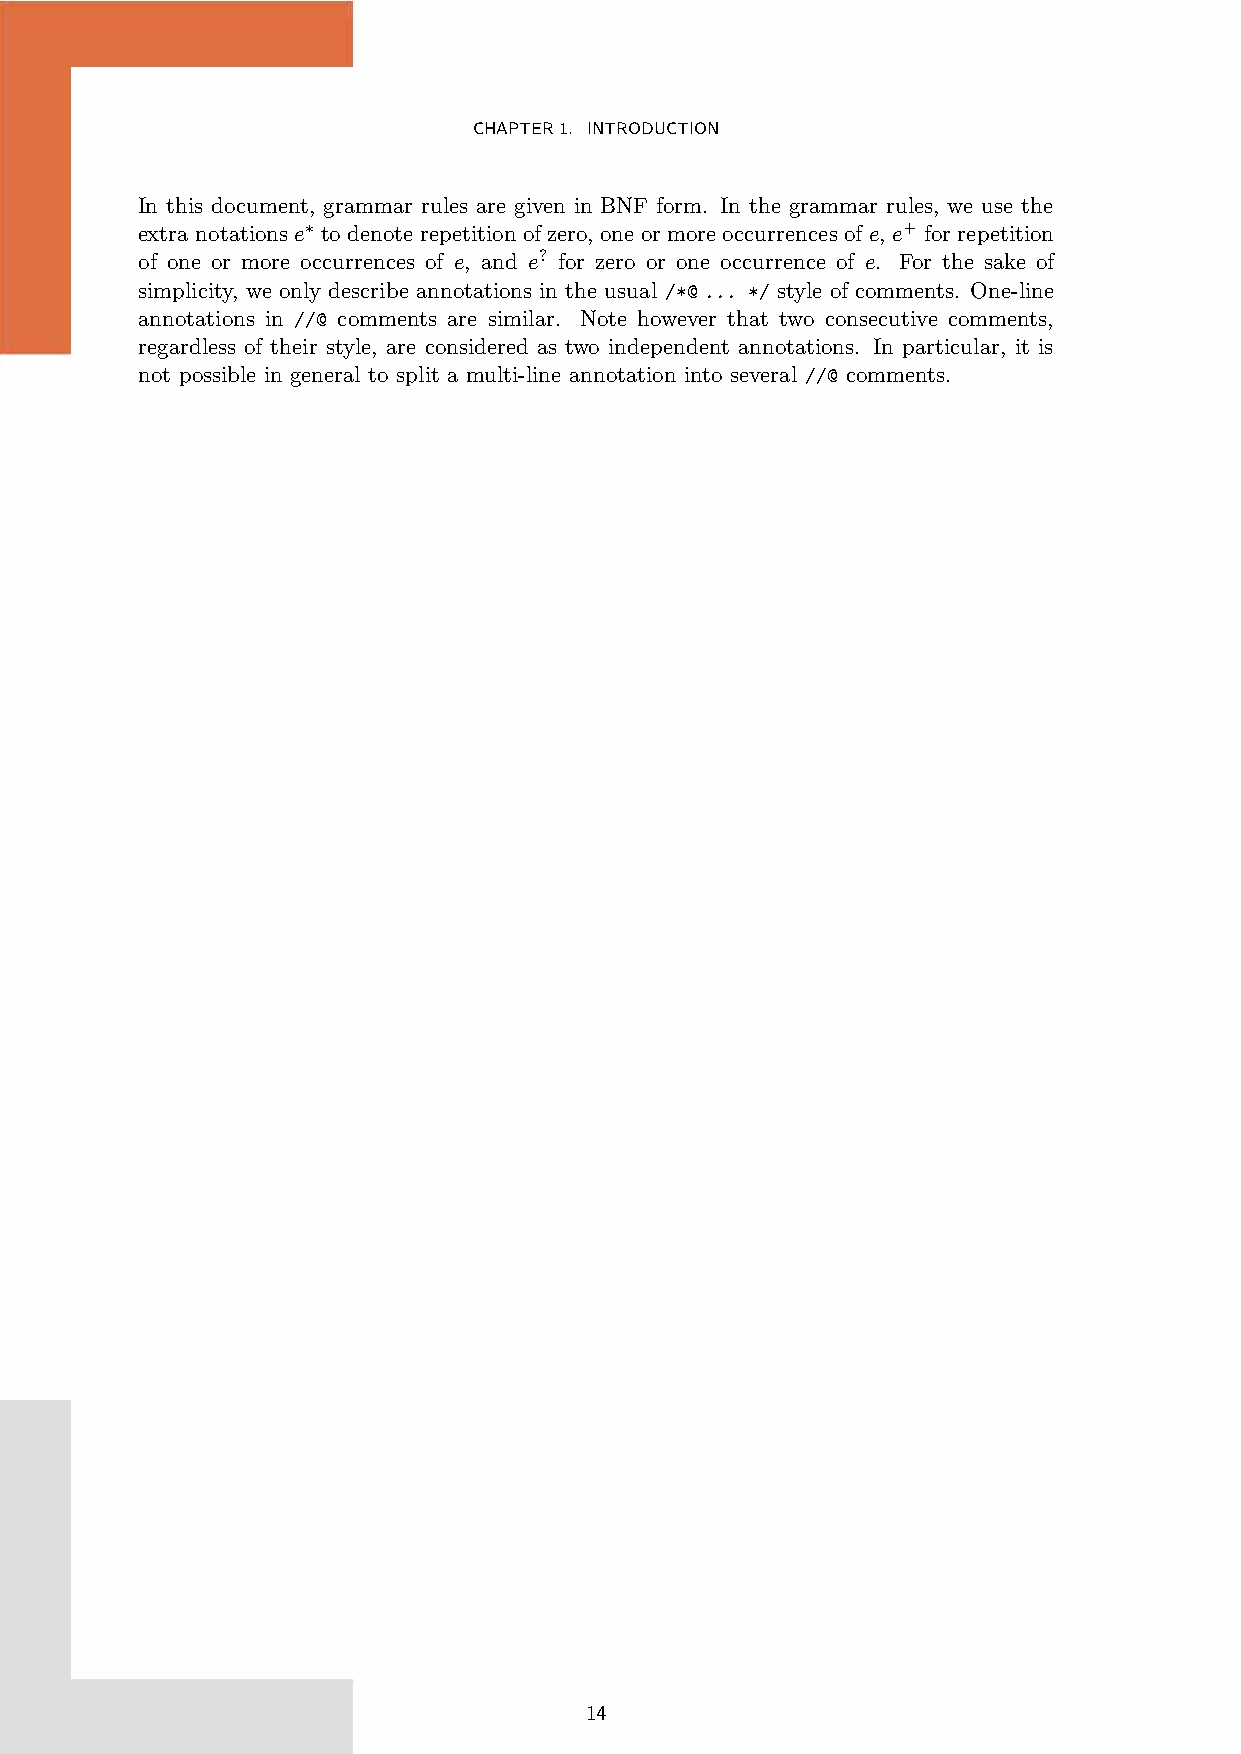
CHAPTER1. INTRODUCTION
 In this document, grammar rules are given in BNF form. In the grammar rules, we use the
 extra notations e∗ to denote repetition of zero, one or more occurrences of e, e+ for repetition
 of one or more occurrences of e, and e? for zero or one occurrence of e. For the sake of
 simplicity, we only describe annotations in the usual /*@ ... */ style of comments. One-line
 annotations in //@ comments are similar. Note however that two consecutive comments,
 regardless of their style, are considered as two independent annotations. In particular, it is
 not possible in general to split a multi-line annotation into several //@ comments.
 14